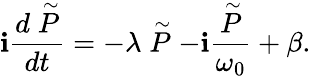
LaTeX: \mathbf{i}{\frac{{d\stackrel{\sim}{P}}}{{dt}}}=-\lambda\stackrel{\sim}{P}-\mathbf{i}{\frac{{\stackrel{\sim}{P}}}{{\omega_{0}}}}+\beta.